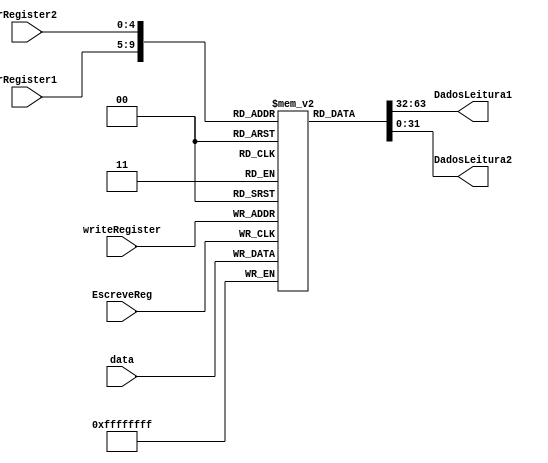
module BANCOREGS(
input wire[4:0] rRegister1,
input wire[4:0] rRegister2,
input wire[4:0] writeRegister,
input wire[31:0] data,
input wire EscreveReg,
output wire[31:0] DadosLeitura1,
output wire[31:0] DadosLeitura2
);

 reg[31:0] registers[0:31];
 reg[31:0] temp1;
 reg[31:0] temp2;
 reg[31:0] tempWrite;
 
 
 initial
 begin
 
 registers[0] = 32'b00000000000000000000000000000000;
 registers[1] = 32'b00000000000000000000000000000000;
 registers[2] = 32'b00000000000000000000000000000000;
 registers[3] = 32'b00000000000000000000000000000000;
 registers[4] = 32'b00000000000000000000000000000000;
 registers[5] = 32'b00000000000000000000000000000000;
 registers[6] = 32'b00000000000000000000000000000000;
 registers[7] = 32'b00000000000000000000000000000000;
 registers[8] = 32'b00000000000000000000000000000101; //T0 = 5
 registers[9] = 32'b00000000000000000000000000000100; //T1 = 4
 registers[10] = 32'b0000000000000000000000000000101; //T2 = 5
 registers[11] = 32'b0000000000000000000000000000100; //T3 = 4
 registers[12] = 32'b00000000000000000000000000010000;
 registers[13] = 32'b00000000000000000000000001110000;
 registers[14] = 32'b00000000000000000000000011111111;
 registers[15] = 32'b00000000000000000000000000000111;
 registers[16] = 32'b00000000000000000000000000000010;
 registers[17] = 32'b00000000000000000000000000000001;
 registers[18] = 32'b00000000000000000000000000000001;
 registers[19] = 32'b00000000000000000000000000000000;
 registers[20] = 32'b00000000000000000000000000000000;
 registers[21] = 32'b00000000000000000000000000000000;
 registers[22] = 32'b00000000000000000000000000000000;
 registers[23] = 32'b00000000000000000000000000000000;
 registers[24] = 32'b00000000000000000000000000000000;
 registers[25] = 32'b00000000000000000000000000000000;
 registers[26] = 32'b00000000000000000000000000000000;
 registers[27] = 32'b00000000000000000000000000000000;
 registers[28] = 32'b00000000000000000000000000000000;
 registers[29] = 32'b00000000000000000000000000000000;
 registers[30] = 32'b00000000000000000000000000000000;
 registers[31] = 32'b00000000000000000000000000000000;
  
 end

 always @(rRegister1 or rRegister2)
 begin
 
 temp1 <= registers[rRegister1];
 temp2 <= registers[rRegister2];
 
 end

 always @(posedge EscreveReg)
 begin
 
 registers[writeRegister] <= data;
 
 end
 
 assign DadosLeitura1 = temp1;
 assign DadosLeitura2 = temp2;
 

endmodule